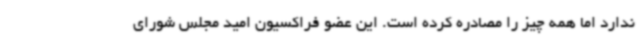
ندارد اما همه چیز را مصادره کرده است. این عضو فراکسیون امید مجلس شورای